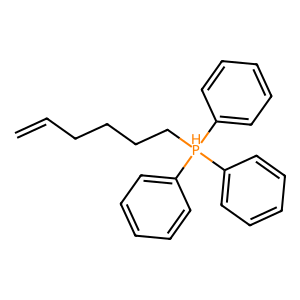
SMILES: C=CCCCC[PH](c1ccccc1)(c1ccccc1)c1ccccc1
Inhibits HIV replication: No